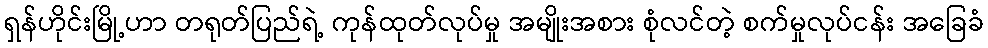
ရှန်ဟိုင်းမြို့ဟာ တရုတ်ပြည်ရဲ့ ကုန်ထုတ်လုပ်မှု အမျိုးအစား စုံလင်တဲ့ စက်မှုလုပ်ငန်း အခြေခံ